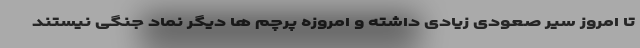
تا امروز سیر صعودی زیادی داشته و امروزه پرچم ها دیگر نماد جنگی نیستند